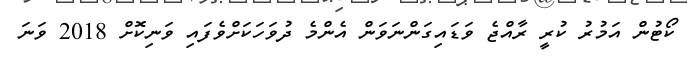
ކޯޓުން އަމުރު ކުރީ ރާއްޖެ ވަޑައިގަންނަވަން އެންމެ ދުވަހަކަށްވެފައި ވަނިކޮށް 2018 ވަނަ